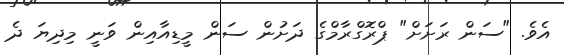
އެވެ. "ސަން ރަށަށް" ޕްރޮގްރާމްގެ ދަށުން ސަން މީޑިއާއިން ވަނީ މިދިޔަ ދެ